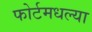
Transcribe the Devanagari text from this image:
फोर्टमधल्या